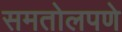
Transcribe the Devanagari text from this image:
समतोलपणे